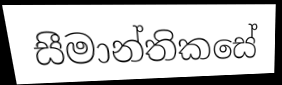
සීමාන්තිකසේ